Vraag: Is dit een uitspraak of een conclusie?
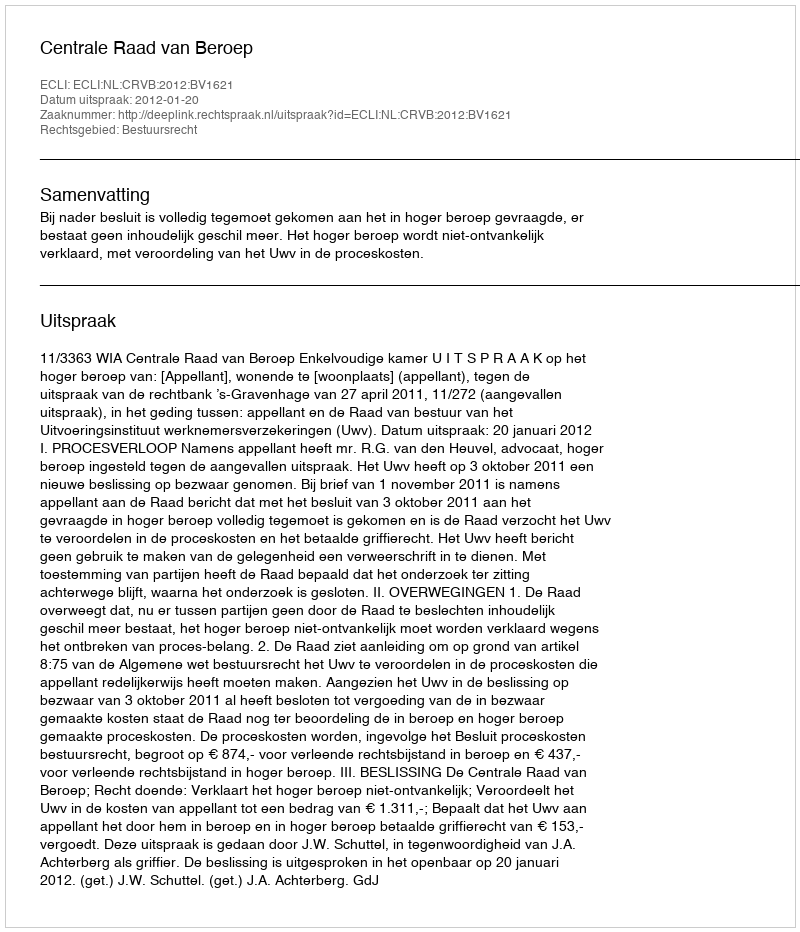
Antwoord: Uitspraak